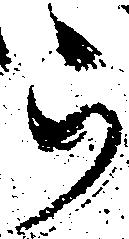
ら